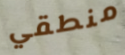
منطقي